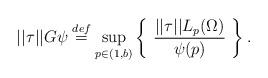
LaTeX: \begin{align*} ||\tau||G\psi \stackrel{def}{=} \sup_{p \in (1,b)} \left\{ \ \frac{||\tau||L_p(\Omega)}{\psi(p)} \ \right\}.\end{align*}